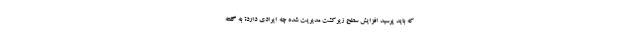
که باید پرسید افزایش سطح زیرکشت مدیریت شده چه ایرادی دارد؟ به گفته